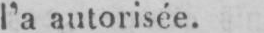
l’a autorisée.